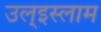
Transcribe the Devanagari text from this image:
उल्‌इस्लाम